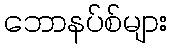
ဘောနပ်စ်များ